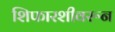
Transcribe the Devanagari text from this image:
शिफारशीवरून